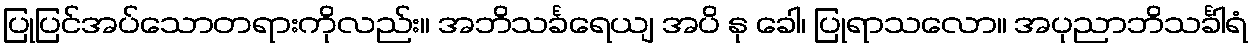
ပြုပြင်အပ်သောတရားကိုလည်း။ အဘိသင်္ခရေယျ အပိ နု ခေါ၊ ပြုရာသလော။ အပုညာဘိသင်္ခါရံ